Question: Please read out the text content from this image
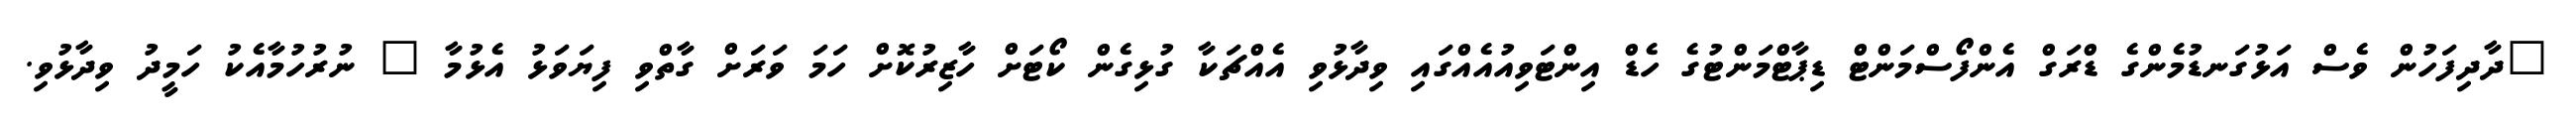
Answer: "ދާދިފަހުން ވެސް އަޅުގަނޑުމެންގެ ޑްރަގް އެންފޯސްމަންޓް ޑިޕާޓްމަންޓުގެ ހެޑް އިންޓަވިއުއެއްގައި ވިދާޅުވި އެއްޗަކާ ގުޅިގެން ކޯޓަށް ހާޒިރުކޮށް ހަމަ ވަރަށް ގާތްވި ފިޔަވަޅު އެޅުމާ " ނުރުހުމާއެކު ހަމީދު ވިދާޅުވި.